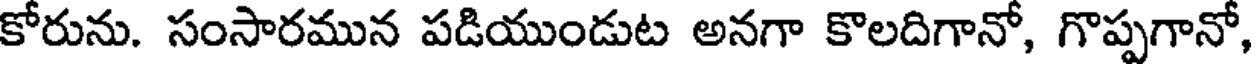
కోరును. సంసారమున పడియుండుట అనగా కొలదిగానో, గొప్పగానో,